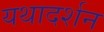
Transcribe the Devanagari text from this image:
यथादर्शन